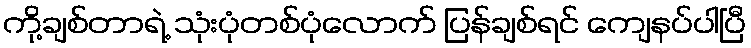
ကို့ချစ်တာရဲ့ သုံးပုံတစ်ပုံလောက် ပြန်ချစ်ရင် ကျေနပ်ပါပြီ